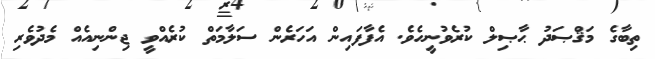
ތިބާގެ މަޤްޞަދު ޙާޞިލް ކުރެވުނީހެވެ. އެފާފައިން އަހަރެން ސަލާމަތް ކުރެއްވީ ޖިންނިއެއް މެދުވެރި